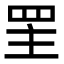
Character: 罜